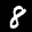
Label: 8